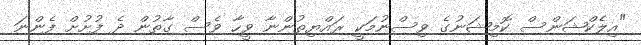
"އިލެކްޝަންސް ކޮމިޝަނުގެ ވިސްނުމަކީ ރައްޔިތުންނާ ވީހާ ވެސް ގާތުން ދެ ފުށުށް ފެންނަ